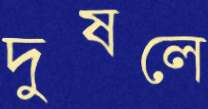
দুষলে